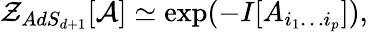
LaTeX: {\cal Z}_{AdS_{d+1}}[{\cal A}]\simeq\exp(-I[A_{i_{1}\ldots i_{p}}]),